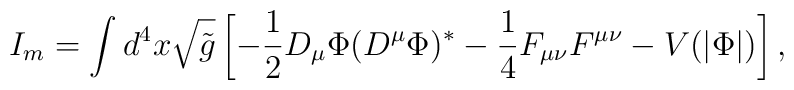
I_m = \int d^4x \sqrt{{\tilde g}}\left[-\frac{1}{2}D_{\mu}\Phi(D^{\mu}\Phi)^*  - \frac{1}{4}F_{\mu \nu}F^{\mu \nu}  - V(|\Phi|)\right],